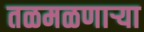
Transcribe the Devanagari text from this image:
तळमळणार्‍या